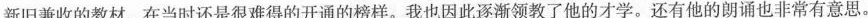
新旧兼收的教材，在当时还是很难得的开通的榜样。我也因此逐渐领教了他的才学。还有他的朗诵也非常有意思。